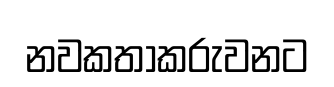
නවකතාකරුවනට